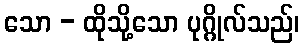
သော - ထိုသို့သော ပုဂ္ဂိုလ်သည်၊